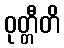
ဝုတ္တီတိ